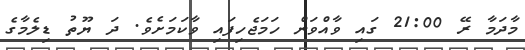
މާދަމާ ރޭ 21:00 ގައި ވާއްވަން ހަމަޖެހިފައި ވާކަމަށެވެ. ދަ ޔޫތު ޑިލެމާގެ